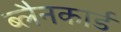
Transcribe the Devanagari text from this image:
ब्लैनकार्ड